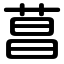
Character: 菖